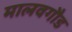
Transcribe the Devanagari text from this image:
मालवगौड